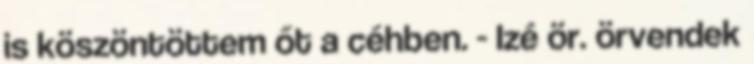
is köszöntöttem őt a céhben. - Izé ör. örvendek